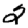
Digit: 2